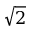
\sqrt { 2 }